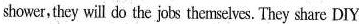
shower, they will do the jots themselves. They share DIY